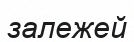
залежей